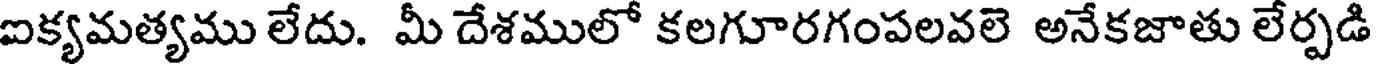
ఐక్యమత్యము లేదు. మీ దేశములో కలగూరగంపలవలె అనేకజాతు లేర్పడి